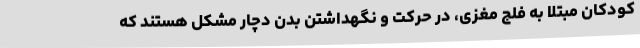
کودکان مبتلا به فلج مغزی، در حرکت و نگهداشتن بدن دچار مشکل هستند که